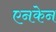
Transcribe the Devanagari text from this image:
एनकेन